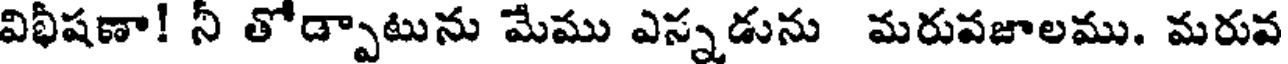
విభీషణా! నీ తోడ్పాటును మేము ఎస్నడును మరువజాలము. మరువ